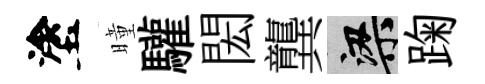
塗曈驩閎龔梁踘